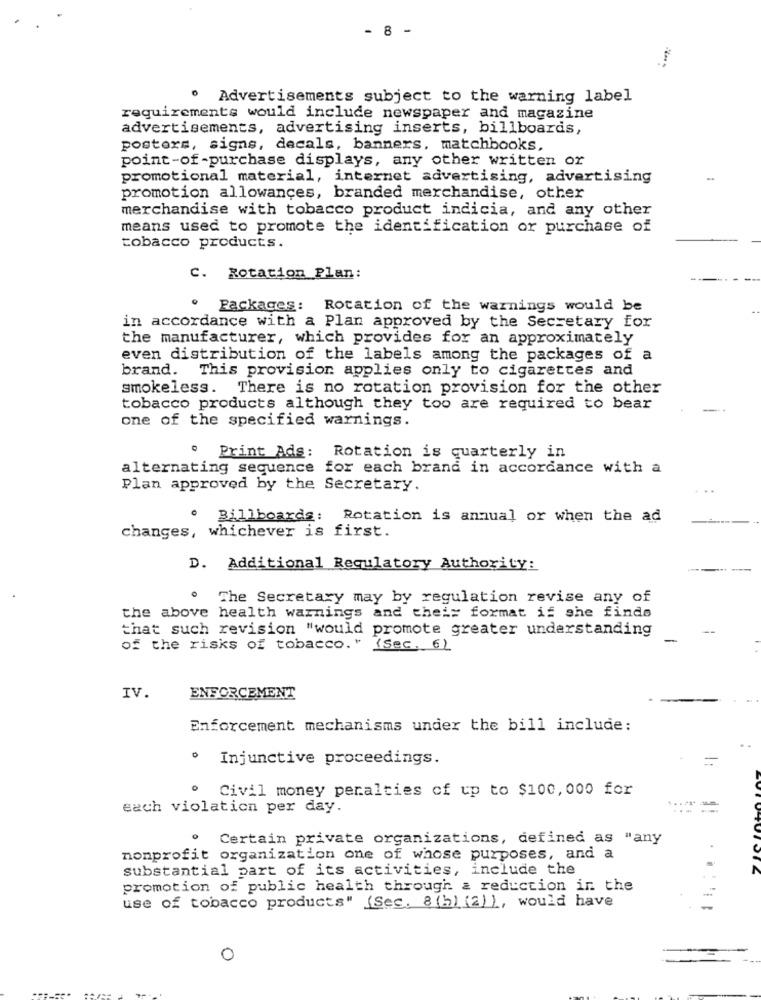
- 8 -
. Advertisements subject to the warning label
requirements would include newspaper and magazine
advertisements, advertising inserts, billboards,
posters, signs, decals, banners. matchbooks,
point-of -purchase displays, any other written or
promotional material, internet advertising, advertising
promotion allowances, branded merchandise, other
merchandise with tobacco product indicia, and any other
means used to promote the identification or purchase of
tobacco products.
C. Rotation Plan:
Packages: Rotation of the warnings would be
in accordance with a Plan approved by the Secretary for
the manufacturer, which provides for an approximately
even distribution of the labels among the packages of a
brand. This provision applies only to cigarettes and
smokeless. There is no rotation provision for the other
tobacco products although they too are required to bear
one of the specified warnings.
. Print Ads: Rotation is quarterly in
alternating sequence for each brand in accordance with a
Plan approved by the Secretary.
Billboards: Rotation is annual or when the ad
changes, whichever is first.
D. Additional Regulatory Authority:
The Secretary may by regulation revise any of
the above health warnings and their format if she finds
that such revision "would promote greater understanding
of the risks of tobacco." (sec. 6)
IV.
ENFORCEMENT
Enforcement mechanisms under the bill include:
· Injunctive proceedings.
· Civil money penalties of up to $100, 000 for
each violation per day.
Certain private organizations, defined as "any
nonprofit organization one of whose purposes, and a
substantial part of its activities, include the
promotion of public health through a reduction in the
use of tobacco products" (Sec. 8 (h) (2) 1, would have